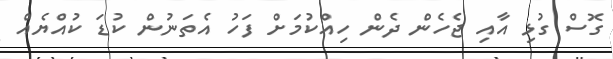
ގޮސް ގުޅި އާއި ޖެހެން ދެން ހިއްކުމަށް ފަހު އެތަނުން ކުޑަ ކުއްޔެއް